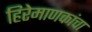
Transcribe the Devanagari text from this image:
हिरेमाणकांचा